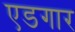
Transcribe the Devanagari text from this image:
एडगार